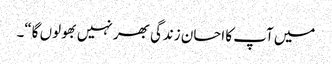
میں آپ کا احسان زندگی بھر نہیں بھولوں گا“۔